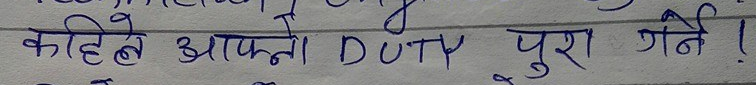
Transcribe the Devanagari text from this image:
कहिले आफ्नो DUTY पुरा गर्नै !